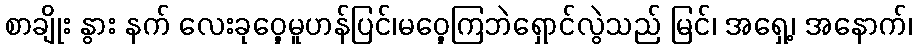
စာချိုး နွား နက် လေးခုဝှေ့မူဟန်ပြင်၊မဝှေ့ကြဘဲရှောင်လွဲသည် မြင်၊ အရှေ့၊ အနောက်၊